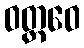
ဝတ္တဝေ